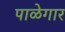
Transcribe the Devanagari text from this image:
पाळेगार